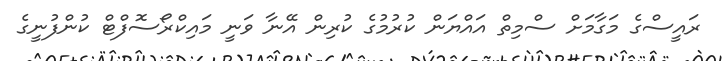
ރައީސްގެ މަގާމަށް ސްމިތް އައްޔަން ކުރުމުގެ ކުރިން އޭނާ ވަނީ މައިކްރޯސޮފްޓް ކުންފުނީގެ